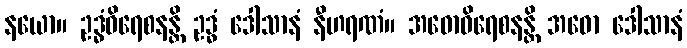
နယော။ ဥဒ္ဓံဝိရေစနန္တိ ဥဒ္ဓံ ဒေါသာနံ နီဟရဏံ။ အဓောဝိရေစနန္တိ အဓော ဒေါသာနံ